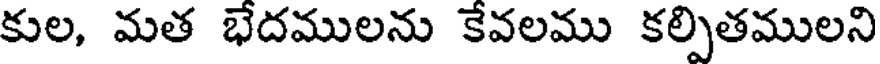
కుల, మత భేదములను కేవలము కల్పితములని